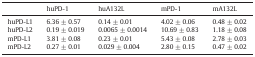
<table><thead><tr><td></td><td><b>huPD-1</b></td><td><b>huA132L</b></td><td><b>mPD-1</b></td><td><b>mA132L</b></td></tr></thead><tbody><tr><td>huPD-L1</td><td>6.36 ± 0.57</td><td>0.14 ± 0.01</td><td>4.02 ± 0.06</td><td>0.48 ± 0.02</td></tr><tr><td>huPD-L2</td><td>0.19 ± 0.019</td><td>0.0065 ± 0.0014</td><td>10.69 ± 0.83</td><td>1.18 ± 0.08</td></tr><tr><td>mPD-L1</td><td>3.81 ± 0.08</td><td>0.23 ± 0.01</td><td>5.43 ± 0.08</td><td>2.78 ± 0.03</td></tr><tr><td>mPD-L2</td><td>0.27 ± 0.01</td><td>0.029 ± 0.004</td><td>2.80 ± 0.15</td><td>0.47 ± 0.02</td></tr></tbody></table>